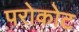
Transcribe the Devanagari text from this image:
परोकोट